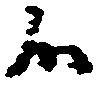
候